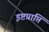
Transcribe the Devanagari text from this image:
इष्टप्राप्ति